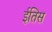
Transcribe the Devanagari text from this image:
ईतिस